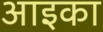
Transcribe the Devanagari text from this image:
आइका